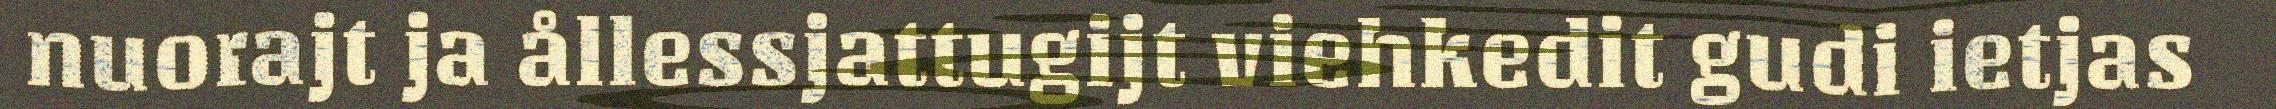
nuorajt ja ållessjattugijt viehkedit gudi ietjas